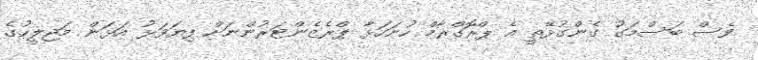
ވެސް ބަސްމަގު ގެންގުޅޭތީ އެ ޕްރޮގްރާމް ހުށަހަޅާ ޕްރެޒެންޓަރުންނަށް ފިޔަވަޅު އަޅަން މަޖިލީހުގެ